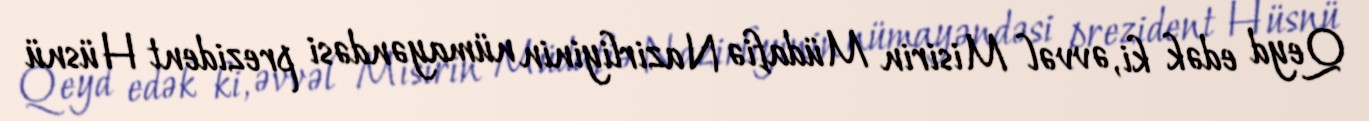
Qeyd edək ki, əvvəl Misirin Müdafiə Nazirliyinin nümayəndəsi prezident Hüsnü